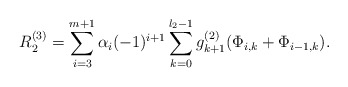
\begin{align*}R_{2}^{\left( 3\right) }=\sum_{i=3}^{m+1}\alpha_{i} (-1)^{i+1} \sum_{k=0}^{l_{2}-1}g_{k+1}^{\left( 2\right) }(\Phi _{i,k} + \Phi _{i-1,k}). \end{align*}